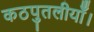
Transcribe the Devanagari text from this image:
कठपुतलीयाँ।